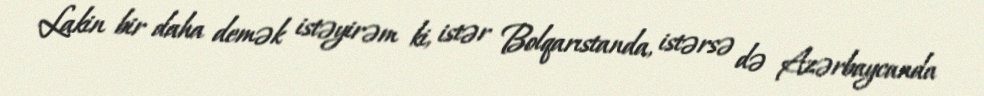
Lakin bir daha demək istəyirəm ki, istər Bolqarıstanda, istərsə də Azərbaycanda